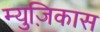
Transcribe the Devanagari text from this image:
म्युज़िकास